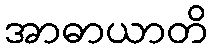
အာဓာယာတိ